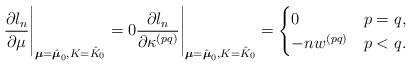
LaTeX: \begin{align*} \frac{\partial l_n}{\partial \mu}\Bigg|_{\boldsymbol{\mu} =\hat{\boldsymbol{\mu}}_{0},K= \hat{K}_{0}} = 0 \frac{\partial l_n}{\partial \kappa^{(pq)}}\Bigg|_{\boldsymbol{\mu} =\hat{\boldsymbol{\mu}}_{0},K= \hat{K}_{0}} = \begin{cases} 0 & p = q,\\ - nw^{(pq)} & p< q. \end{cases}\end{align*}